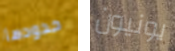
حدودها يونيون